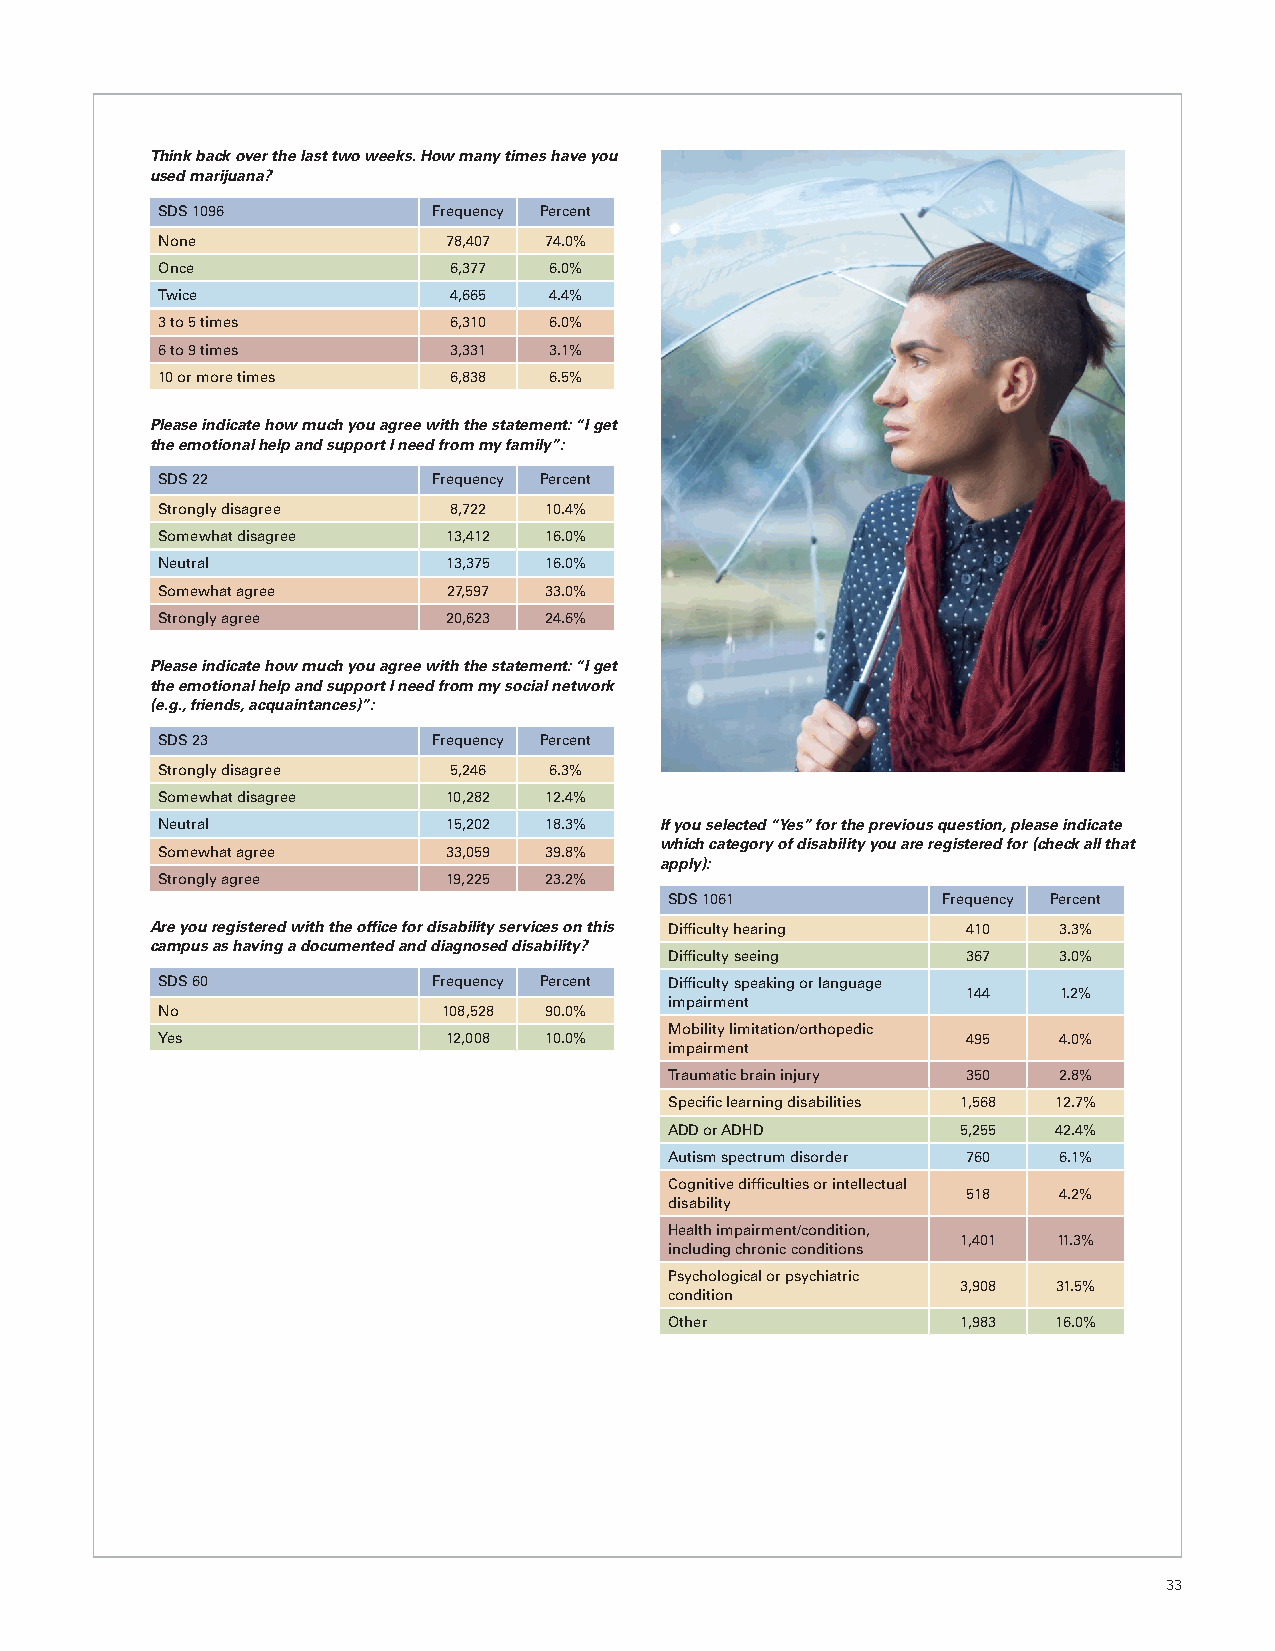
Think back over the last two weeks. How many times have you
 used marijuana?
 SDS 1096           Frequency Percent
 None                78,407 74.0%
 Once                6,377 6.0%
 Twice               4,665 4.4%
 3 to 5 times        6,310 6.0%
 6 to 9 times        3,331 3.1%
 10 or more times    6,838 6.5%
 Please indicate how much you agree with the statement: “I get
 the emotional help and support I need from my family”:
 SDS 22             Frequency Percent
 Strongly disagree   8,722 10.4%
 Somewhat disagree   13,412 16.0%
 Neutral             13,375 16.0%
 Somewhat agree      27,597 33.0%
 Strongly agree      20,623 24.6%
 Please indicate how much you agree with the statement: “I get
 the emotional help and support I need from my social network
 (e.g., friends, acquaintances)”:
 SDS 23             Frequency Percent
 Strongly disagree   5,246 6.3%
 Somewhat disagree   10,282 12.4%
 Neutral             15,202 18.3%  If you selected “Yes” for the previous question, please indicate
 which category of disability you are registered for (check all that
 Somewhat agree      33,059 39.8%
 apply):
 Strongly agree      19,225 23.2%
 SDS 1061          Frequency Percent
 Are you registered with the office for disability services on this Difficulty hearing 410 3.3%
 campus as having a documented and diagnosed disability?
 Difficulty seeing   367   3.0%
 SDS 60             Frequency Percent Difficulty speaking or language
 144   1.2%
 impairment
 No                 108,528 90.0%
 Mobility limitation/orthopedic
 Yes                12,008 10.0%                       495   4.0%
 impairment
 Traumatic brain injury 350 2.8%
 Specific learning disabilities 1,568 12.7%
 ADD or ADHD         5,255 42.4%
 Autism spectrum disorder 760 6.1%
 Cognitive difficulties or intellectual
 518   4.2%
 disability
 Health impairment/condition,
 1,401 11.3%
 including chronic conditions
 Psychological or psychiatric
 3,908 31.5%
 condition
 Other               1,983 16.0%
 33